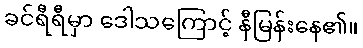
ခင်ရီရီမှာ ဒေါသကြောင့် နီမြန်းနေ၏။